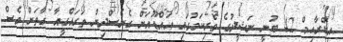
އިބްރާހިމް 42 ބުނީ ނަޝީދުގެ ވެރިކަމުގައި އައްޑޫއަށް ގެނެސްދިން ތަރައްގީއާ ގާތަށް ވެސް